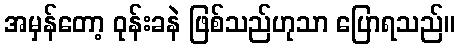
အမှန်တော့ ဝုန်းခနဲ ဖြစ်သည်ဟုသာ ပြောရသည်။